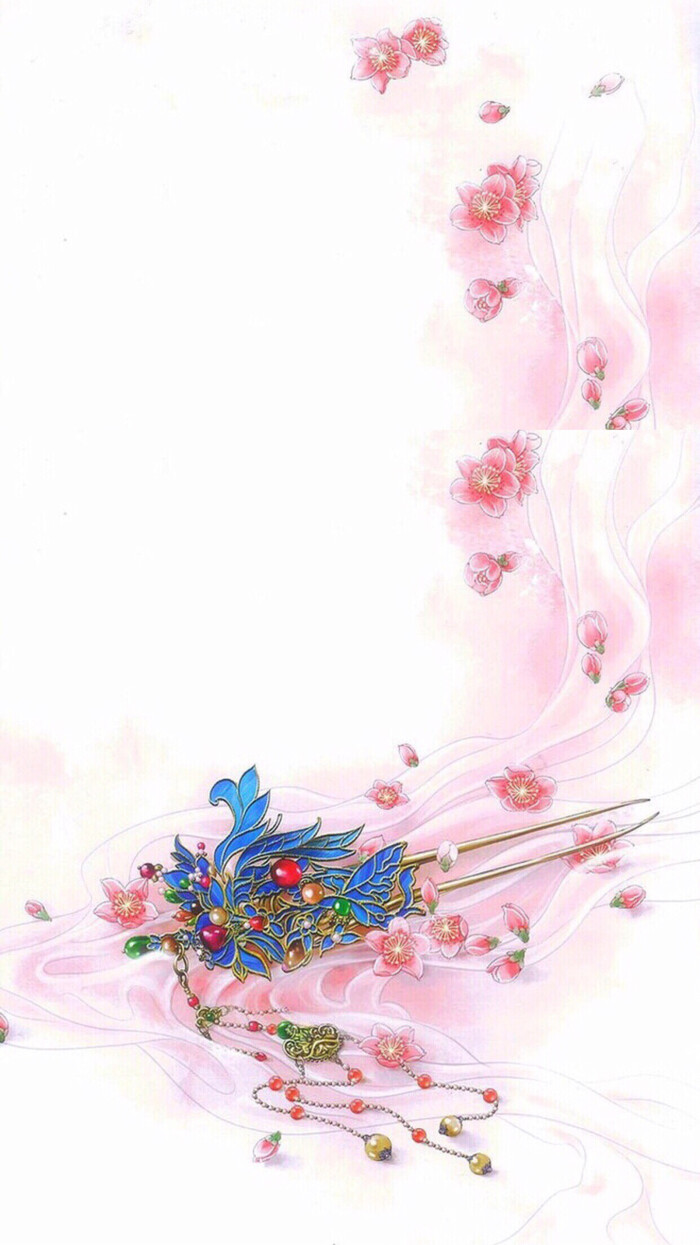
疏星淡月秋千院，愁云恨雨芙蓉面。